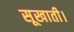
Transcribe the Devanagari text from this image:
सूखाती।